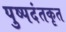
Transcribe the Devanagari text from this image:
पुष्पदंतकृत